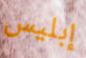
إبليس